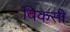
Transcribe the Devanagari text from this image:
विकसीं